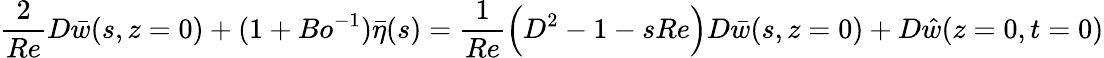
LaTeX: \frac{2}{Re}D\bar{w}(s,z=0)+(1+Bo^{-1})\bar{\eta}(s)=\frac{1}{Re}\Big(D^{2}-1-sRe\Big)D\bar{w}(s,z=0)+D\hat{w}(z=0,t=0)